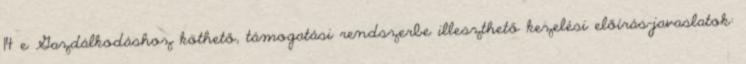
14 e Gazdálkodáshoz köthető, támogatási rendszerbe illeszthető kezelési előírás-javaslatok: